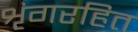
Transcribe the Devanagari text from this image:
शृंगरहित